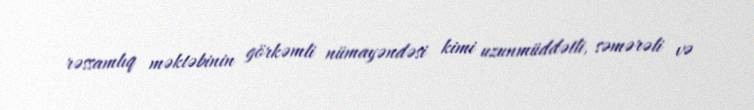
rəssamlıq məktəbinin görkəmli nümayəndəsi kimi uzunmüddətli, səmərəli və